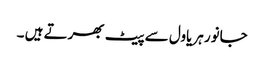
جانور ہریاول سے پیٹ بھرتے ہیں ۔